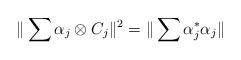
LaTeX: \begin{align*}\|\sum\alpha_j\otimes C_j\|^2=\|\sum\alpha_j^*\alpha_j\|\end{align*}